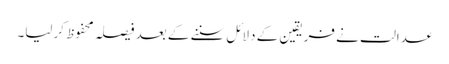
عدالت نے فریقین کے دلائل سننے کے بعد فیصلہ محفوظ کرلیا۔